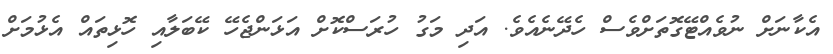
އެކާނަށް ނުވެއްޓޭގޮތަށްވެސް ހެދޭނެއެވެ. އަދި މަގު ހުރަސްކޮށް އަޅަންޖެހޭ ކޭބަލާއި ހޮޅިތައް އެޅުމަށް